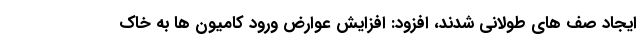
ایجاد صف های طولانی شدند، افزود: افزایش عوارض ورود کامیون ها به خاک